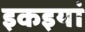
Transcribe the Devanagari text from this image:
इकइयां